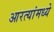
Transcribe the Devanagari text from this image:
आरत्यांमध्ये